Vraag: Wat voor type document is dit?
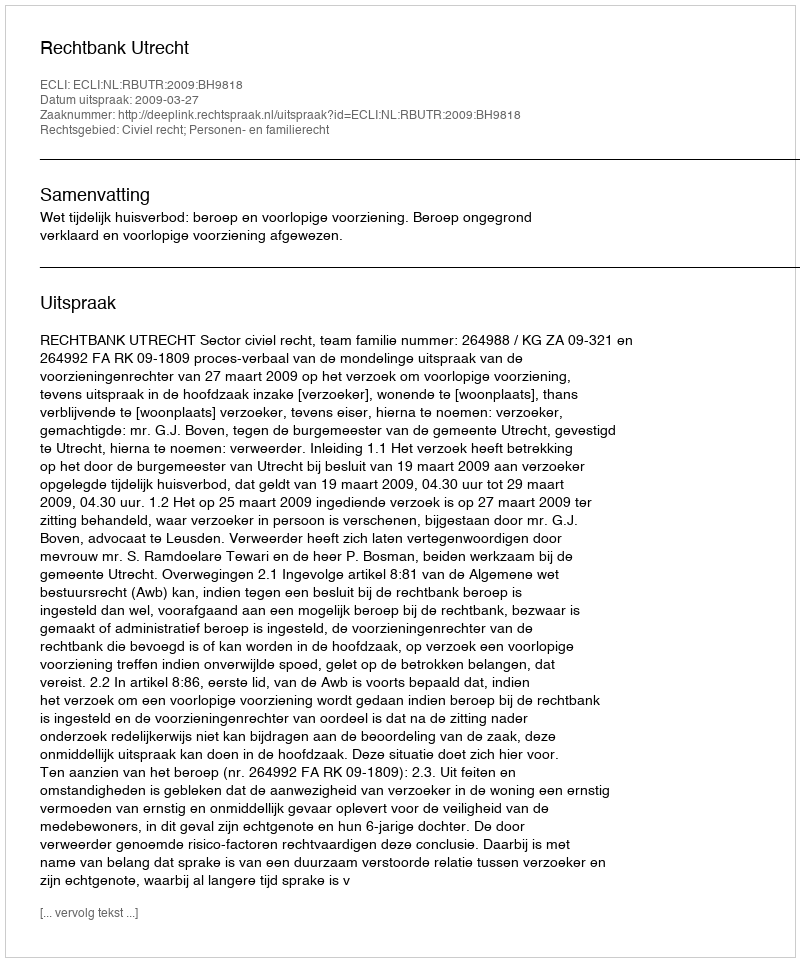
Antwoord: Uitspraak